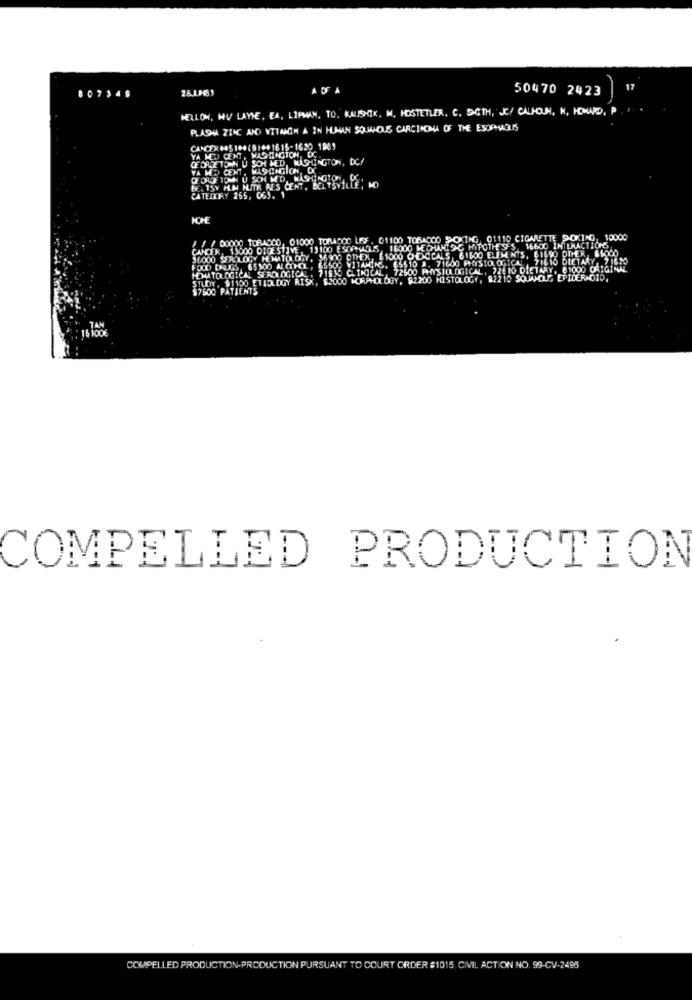
26.1259
50470 2423
17
807349
MELLOM, HU LAVIE, EA, LIPMAN, TO. KAUSHIK, M. HOSTETLER. C. SCTH, JC/ CALHOUH, H, HOMARD, P
PLASHA ZING AND VITAMIN A IN HUMAN SQUAMOUS CARCINOMA OF THE ESOPHAGUS
YA MED CENT, WASHINGTON, DC.
GEORGETOWN U SCH MED, WASHINGTON, DC/
YA WP CENT, MASCAGICH, O
FEL TSY MIN HUTR NES CENT. BELTSVILLE: MO
CATEGORY 265, 063.
HONE
01000 TORADOO LEF . 01100 TOBACCO SA
XING, 01110 CIGARETTE SMOKING 10000
IVE, 13100 ESOPHAGUS, 16000 MECHANIS
61600 ELEMENTS, 61690 OTHER, 65000
HYPOTHESES, 16600 INTERACTIONS
OLOGY, 36900 DTHEX, E1000 ODICCALS
65500 VITAMING. 65510 2. 7160
PHYSIO, OGICAL 71610 DIETARY, 71620
GICAL. 71930 CLINICAL 72500 PHYSIOL
GICAL, 726 10 DIETARY, 81000 ORIGINAL
DGY
Y RISK, $3000 MORPHOLOGY, 92200 HIST
LOGY, 92210 SOUUNCLE EPIDERADID.
COMPELLED PRODUCTION
COMPELLED PRODUCTION-PRODUCTION PURSUANT TO COURT ORDER #1015 CMIL ACTION NO. 99-CV-2496